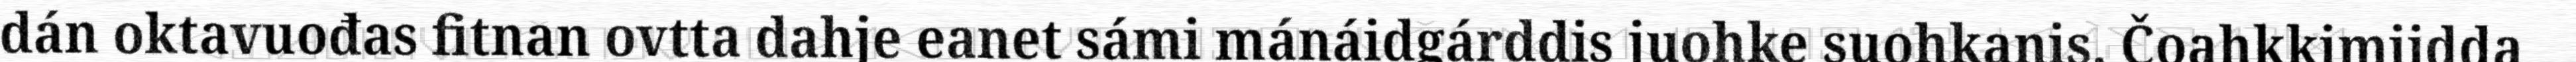
dán oktavuođas fitnan ovtta dahje eanet sámi mánáidgárddis juohke suohkanis. Čoahkkimiidda